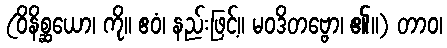
(ဝိနိစ္ဆယော၊ ကို။ ဧဝံ၊ နည်းဖြင့်။ မဝဒိတဗ္ဗော၊ ၏။) တာဝ၊